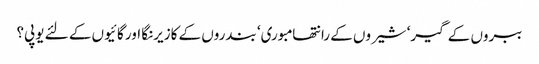
ببروں کے گیر‘ شیروں کے رانتھامبوری‘ بندروں کے کازیرنگا اور گائیوں کے لئے یوپی؟